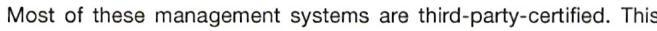
Most of these management systems are third-party-certified. This